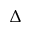
\Delta